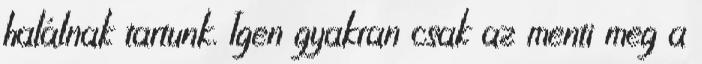
halálnak tartunk. Igen gyakran csak az menti meg a